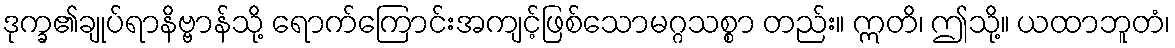
ဒုက္ခ၏ချုပ်ရာနိဗ္ဗာန်သို့ ရောက်ကြောင်းအကျင့်ဖြစ်သောမဂ္ဂသစ္စာ တည်း။ ဣတိ၊ ဤသို့။ ယထာဘူတံ၊